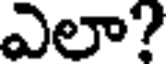
ఎలా?